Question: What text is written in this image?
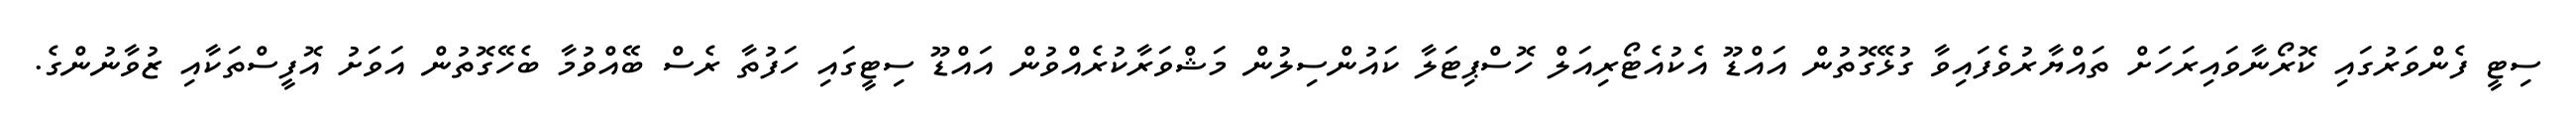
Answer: ސިޓީ ފެންވަރުގައި ކޮރޯނާވައިރަހަށް ތައްޔާރުވެފައިވާ ގުޅޭގޮތުން އައްޑޫ އެކުއެޓޯރިއަލް ހޮސްޕިޓަލާ ކައުންސިލުން މަޝްވަރާކުރެއްވުން އައްޑޫ ސިޓީގައި ހަފުތާ ރެސް ބޭއްވުމާ ބެހޭގޮތުން އަވަށު އޮފީސްތަކާއި ޒުވާނުންގެ.